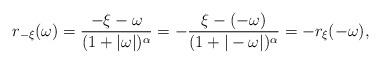
LaTeX: \begin{align*}r_{-\xi}(\omega) = \frac{-\xi - \omega}{(1 + |\omega |)^{\alpha}} = - \frac{\xi - (-\omega)}{(1 + | -\omega |)^{\alpha}} = - r_{\xi}(-\omega),\end{align*}